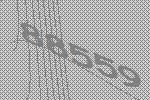
88559